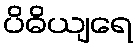
ပိဓိယျရေ